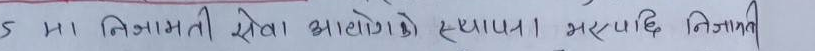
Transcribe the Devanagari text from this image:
मा निजामती सेवा आयोगको स्थापना भएपछि निजामती